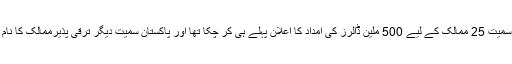
آئی ایم ایف افغانستان اور نیپال سمیت 25 ممالک کے لیے 500 ملین ڈالرز کی امداد کا اعلان پہلے ہی کر چکا تھا اور پاکستان سمیت دیگر ترقی پذیرممالک کا نام اس فہرست میں شامل نہیں تھا۔